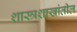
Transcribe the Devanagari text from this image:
शास्त्रशाखांतील